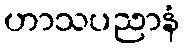
ဟာသပညာနံ